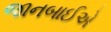
જાનબાઈએ